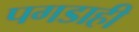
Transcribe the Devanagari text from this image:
पगडाही